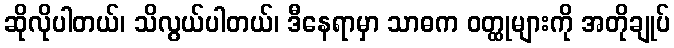
ဆိုလိုပါတယ်၊ သိလွယ်ပါတယ်၊ ဒီနေရာမှာ သာဓက ဝတ္ထုများကို အတိုချုပ်